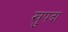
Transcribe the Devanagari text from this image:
खुपदा